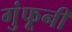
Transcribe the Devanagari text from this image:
गुंफूनी